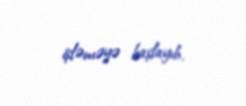
işləməyə başlayıb.